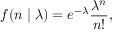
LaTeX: f ( n \mid \lambda ) = e ^ { - \lambda } { \frac { \lambda ^ { n } } { n ! } } ,